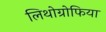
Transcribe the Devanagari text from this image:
लिथोग्रोफिया